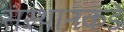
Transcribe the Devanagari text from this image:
संस्थानकडे